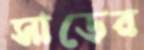
সাড়ের